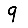
Digit: 9